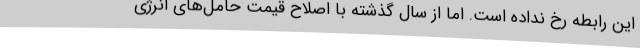
این رابطه رخ نداده است. اما از سال گذشته با اصلاح قیمت حامل‌های انرژی